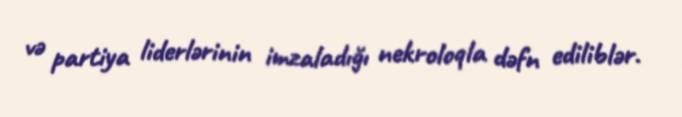
və partiya liderlərinin imzaladığı nekroloqla dəfn ediliblər.